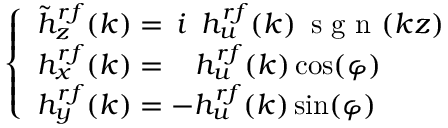
\left\{ \begin{array} { l } { \tilde { h } _ { z } ^ { r f } ( k ) = \, i \, ~ h _ { u } ^ { r f } ( k ) \, \textrm { s g n } ( k z ) } \\ { h _ { x } ^ { r f } ( k ) = ~ ~ \, h _ { u } ^ { r f } ( k ) \cos ( \varphi ) } \\ { h _ { y } ^ { r f } ( k ) = - h _ { u } ^ { r f } ( k ) \sin ( \varphi ) } \end{array} \right.